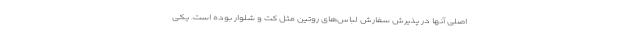
اصلی آنها در پذیرش سفارش لباس‌های روتین مثل کت و شلوار بوده است. یکی